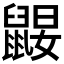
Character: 𪕤